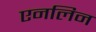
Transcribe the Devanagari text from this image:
एनलिन